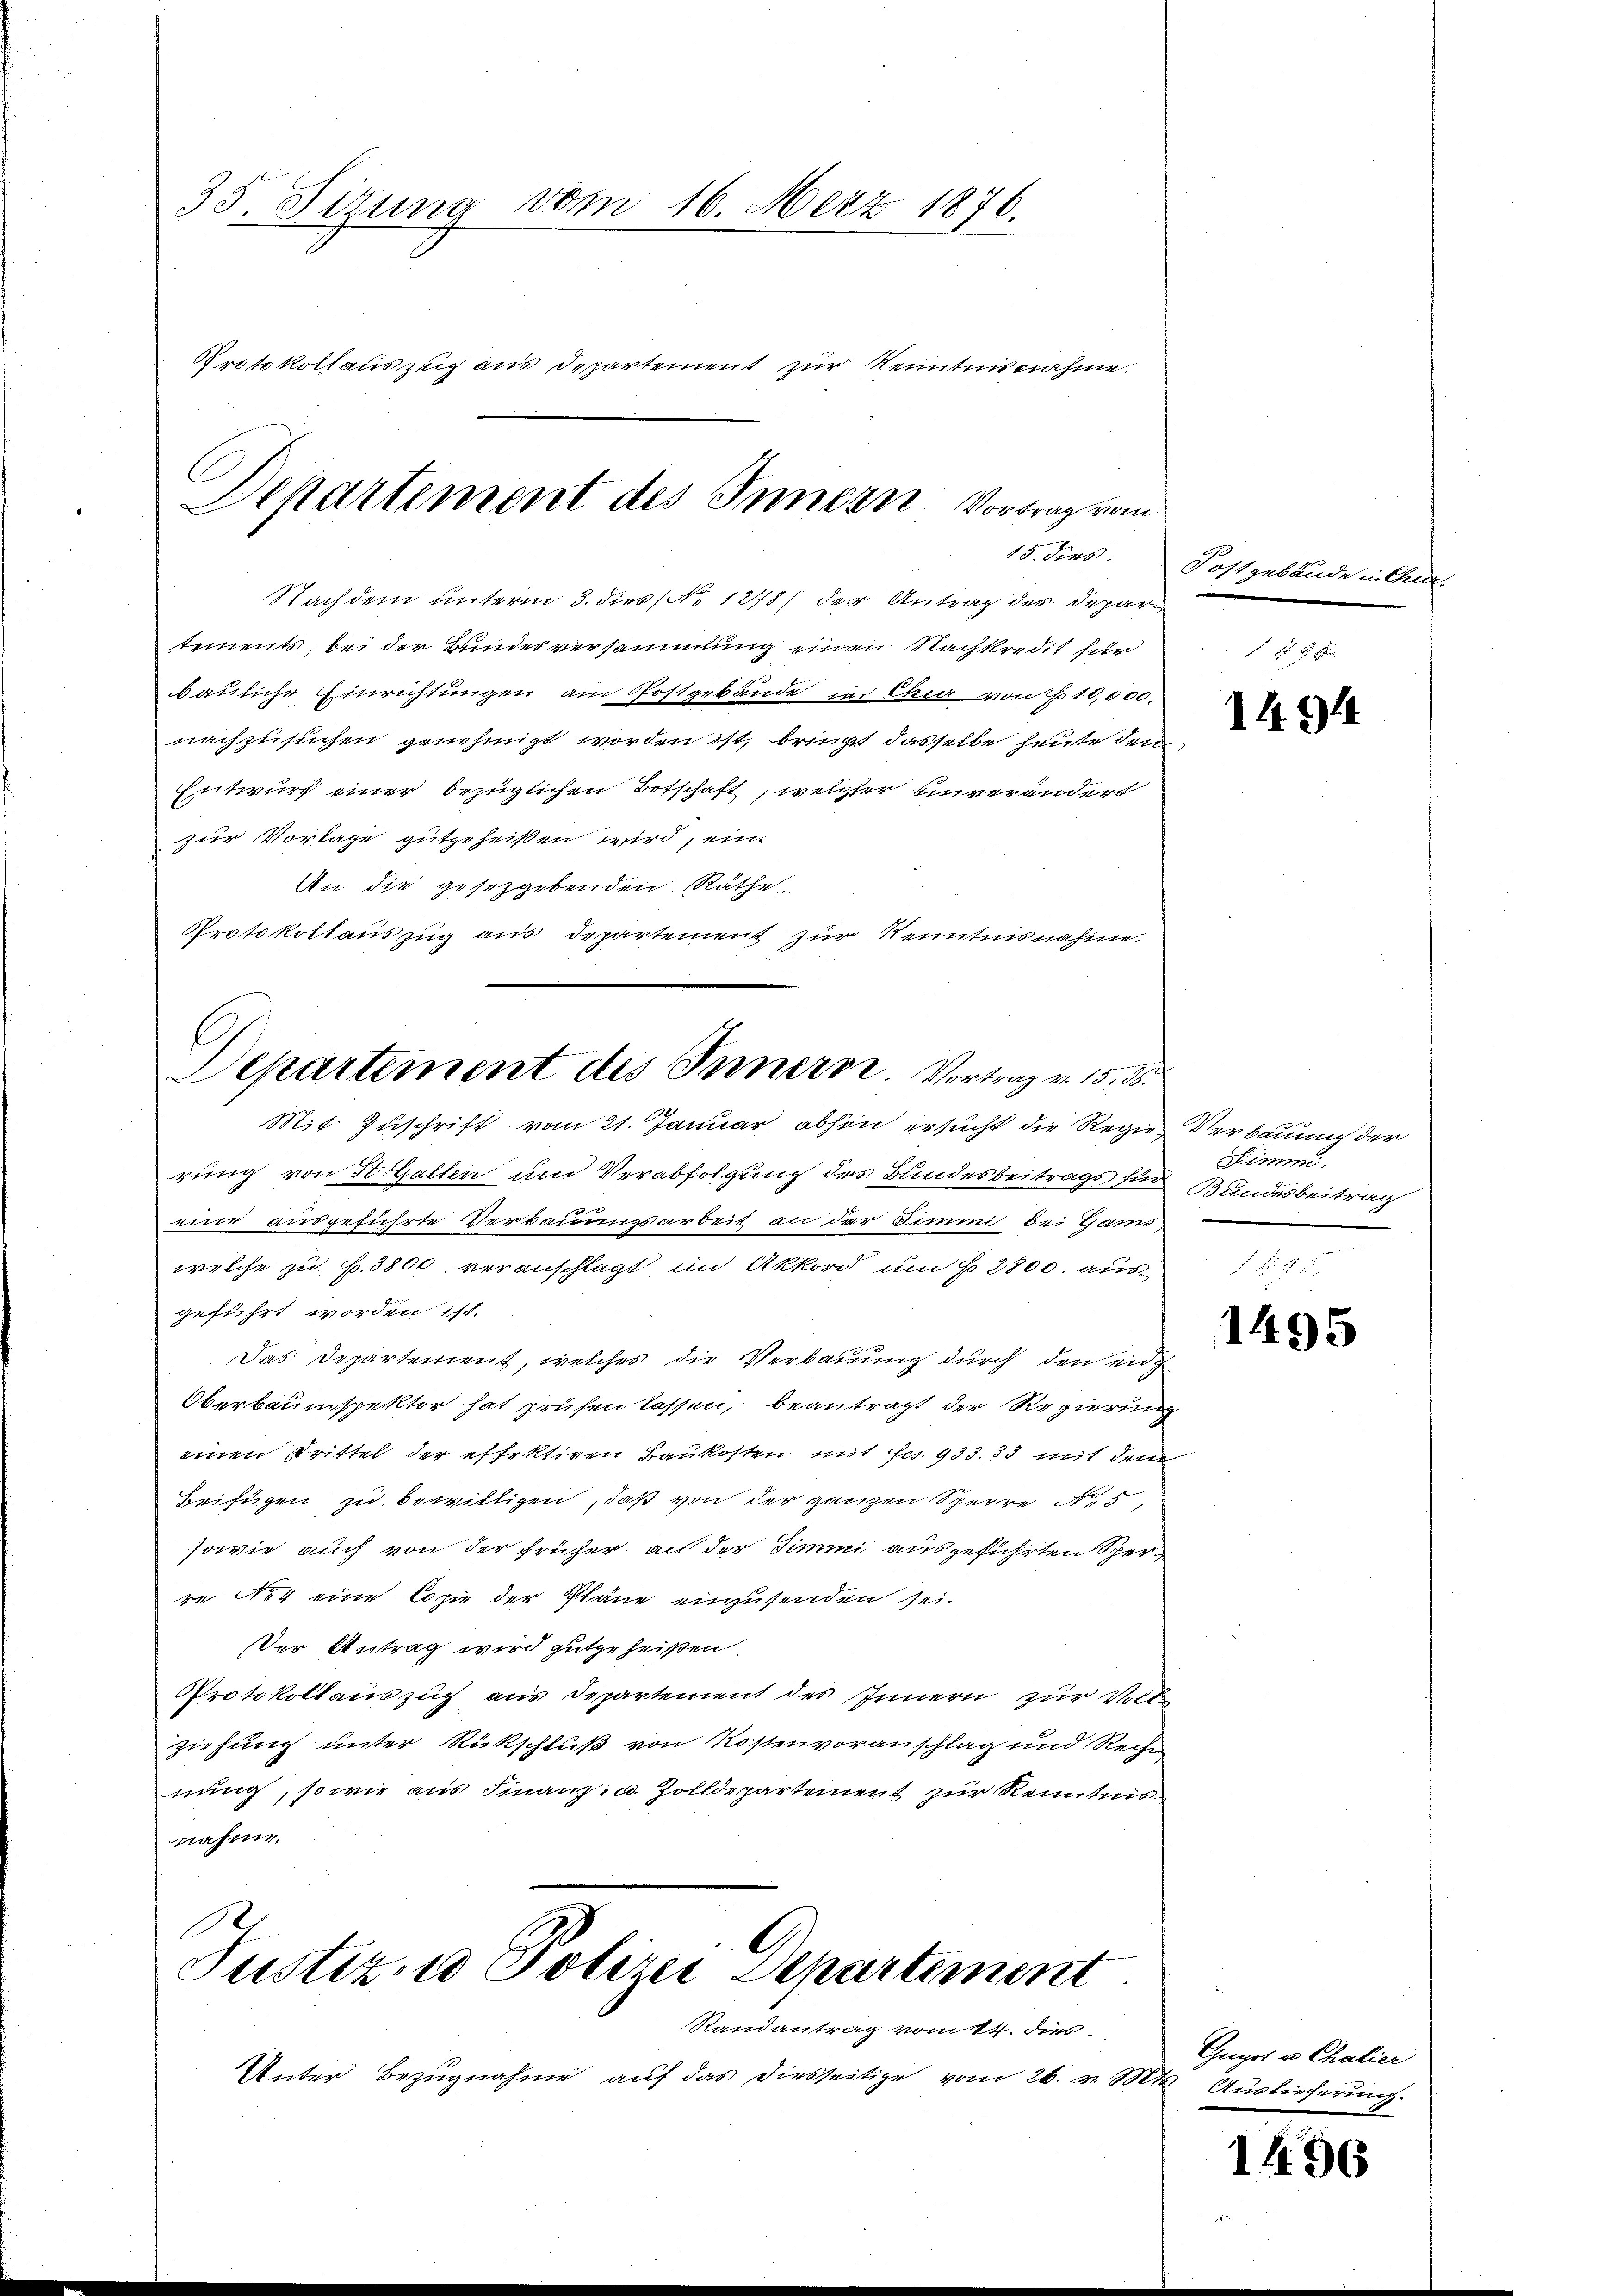
35. Sizung vom 16. März 1876.
Protokollaus zeig aus Departement zur Kenntnisnahme.

Departement des Innern. Vortrag von

Nachdem unterm 3. dies N. 1278) der Antrag des Departements, bei der Bundesversammlung einen Nachkredit für
bauliche Einrichtungen am Postgebäude in Chur von 10,000.
nachzusuchen genehmigt worden ist, bringt dasselbe heute den
Entwurf einer bezüglichen Botschaft, welcher einverändert
zur Vorlage gutgeheißen wird, ein¬
An die gesetzgebenden Räthe
Protokollauszug aus departement zur Kenntnisnahme.

G
Separtement des Innern. Vortrag v. 15. 38.
Mit Zuschrift vom 21. Januar abhin ersucht die Regie¬

rung von St. Gallen und Verabfolgung des Bundesbeitrags für
eine ausgeführte Verbauungsarbeit an der Simmi, bei Gams,
welche zu f. 3800 veranschlagt, im Akkord um § 2800. ausgeführt worden ist.
Das Departement, welches die Verbauung durch den eidg
Oberbauinspektor hat prüfen lassen, beantragt der Regierun
einen Trittel der effektiven Baukosten mit Fr. 933. 33 mit den
Beifügen zu bewilligen, daß von der ganzen Sperre N. 5,
sowie auch von der früher, an der Simmi ausgeführten Sperre No 4 eine Copie der Pläne einzusenden sei.
Der Antrag wird gutgeheißen.
Protokollauszug aus Departement des Innern zur Voll-
ziehung unter Rückschluß von Kostenvoranschlag und Rechn
nung, so wie aus Finanz- u. Zolldepartement zur Kenntnis
nahme.
d
Justiz- u Polizei Departement.
Randantrag vom 14. dies
Unter Bezŭgnahme auf das diesseitige vom 26. v. Mts. Auslieferung

15. dies. Postgebäude in Chur-

f
e
t
.

1494

Verbauung der
Stimmi
Bundesbeitrag

a
d

1495

Gugot u. Chalier

1496